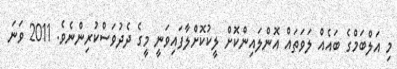
މި އަލްބަމްގެ ބައެއް ލަވަތައް އޮންލައިންކޮށް ލީކުކޮށްލާފައިވަނީ މީގެ ދެދުވަސްކުރިންނެވެ. 2011 ވަނަ